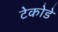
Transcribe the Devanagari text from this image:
टेकोडे